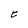
Character: C